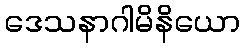
ဒေသနာဂါမိနိယော